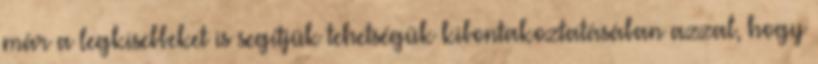
már a legkisebbeket is segítjük tehetségük kibontakoztatásában azzal, hogy